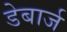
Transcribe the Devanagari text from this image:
डेबार्ज